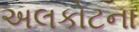
અલકોટના